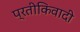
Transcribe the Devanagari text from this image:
प्रतीकिवादी